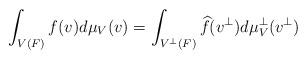
LaTeX: \begin{align*}\displaystyle \int_{V(F)} f(v)d\mu_V(v)=\int_{V^\perp(F)} \widehat{f}(v^\perp) d\mu^\perp_V(v^\perp)\end{align*}